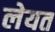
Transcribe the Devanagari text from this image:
लेयत